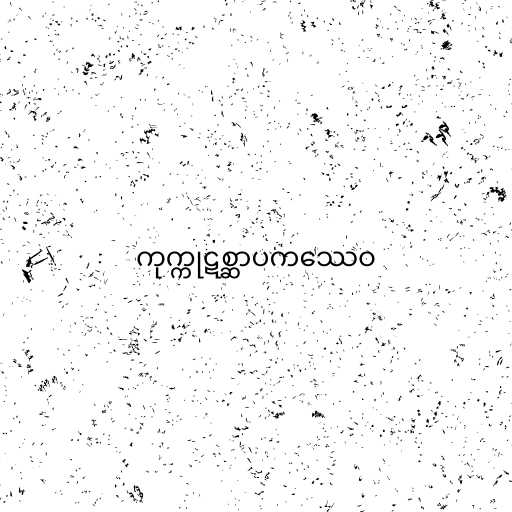
ကုက္ကုဋစ္ဆာပကဿေဝ